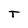
Character: T